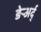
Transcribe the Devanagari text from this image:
ङेर्‍अर्द्